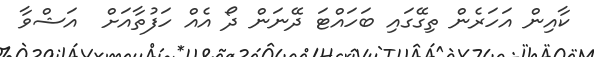
ކާއިން އަހަރެން ތިގޭގައި ބަހައްޓަ ދޭނަން ދޯ އެއް ހަފުތާއަށް  އަޝްވާ